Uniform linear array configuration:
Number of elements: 12
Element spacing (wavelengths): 0.75
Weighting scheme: binomial
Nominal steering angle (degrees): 30
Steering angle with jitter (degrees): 28.173
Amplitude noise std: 0.05
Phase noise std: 0.05

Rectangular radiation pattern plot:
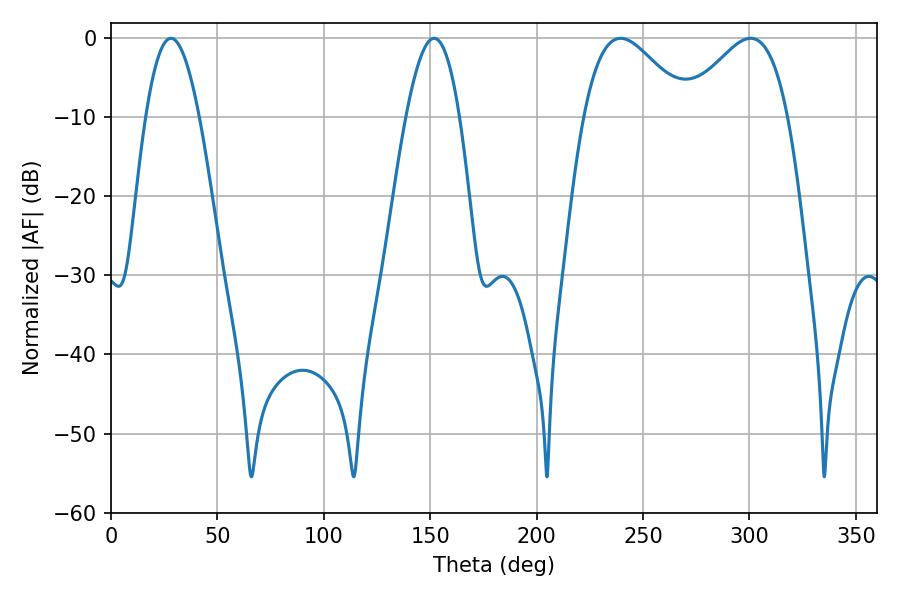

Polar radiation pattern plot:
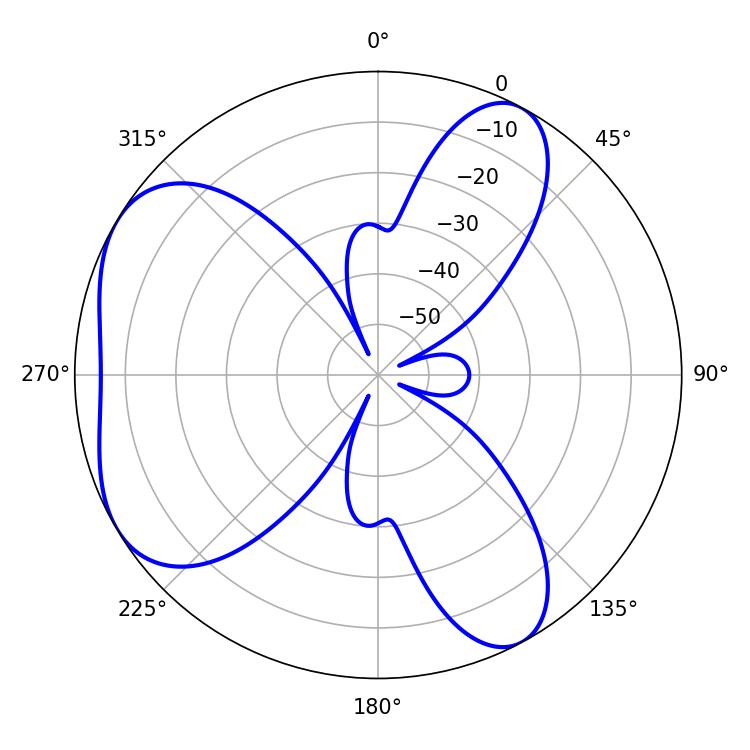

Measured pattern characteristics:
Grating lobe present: TRUE
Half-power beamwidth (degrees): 26.1
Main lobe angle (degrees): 239.4